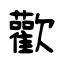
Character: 歡